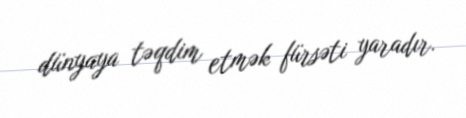
dünyaya təqdim etmək fürsəti yaradır.